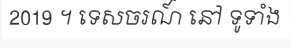
2019 ។ ទេសចរណ៍ នៅ ទូទាំង